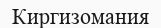
Киргизомания